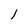
Character: 1